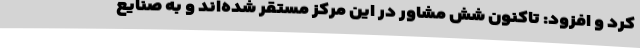
کرد و افزود: تاکنون شش مشاور در این مرکز مستقر شده‌اند و به صنایع